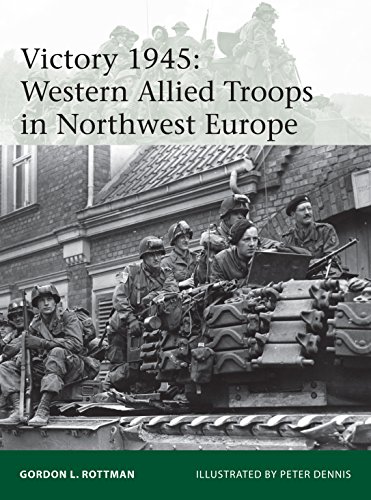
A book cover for Victory 1945: Western Allied Troops in Northwest Europe (Elite); Gordon L. Rottman; Arts & Photography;